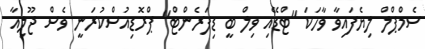
ސެމްޕްލް ލިޔެފައިވާ ވާހަކަ "ޓްޑޭއި ވިލް ބީ ޑިފަރެންޓް" ޕްރޮޑިއުސްކުރަނީ ވެސް ޖޫލިއާ